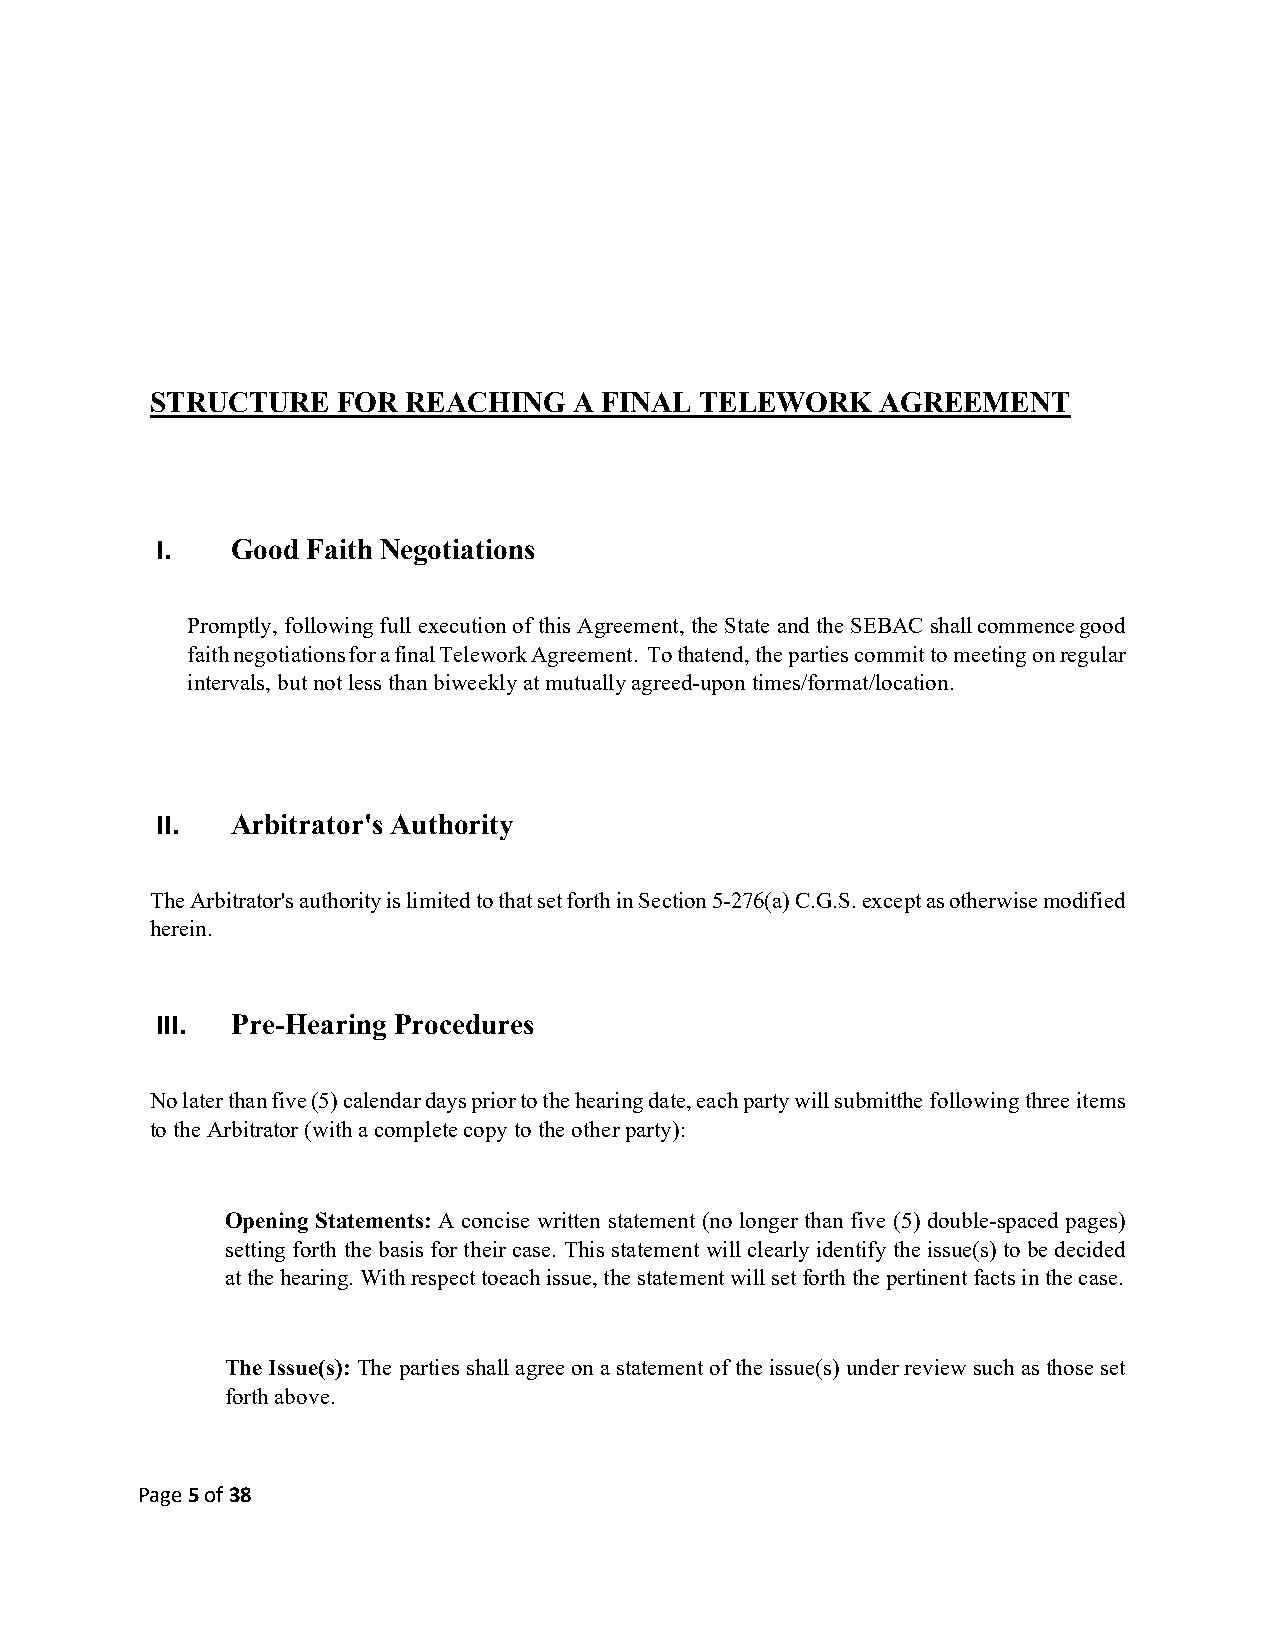
STRUCTURE   FOR  REACHING   A FINAL TELEWORK    AGREEMENT
 I.   Good Faith Negotiations
 Promptly, following full execution of this Agreement, the State and the SEBAC shall commence good
 faith negotiations for a final Telework Agreement. To that end, the parties commit to meeting on regular
 intervals, but not less than biweekly at mutually agreed-upon times/format/location.
 II.  Arbitrator's Authority
 The Arbitrator's authority is limited to that set forth in Section 5-276(a) C.G.S. except as otherwise modified
 herein.
 III. Pre-Hearing Procedures
 No later than five (5) calendar days prior to the hearing date, each party will submit the following three items
 to the Arbitrator (with a complete copy to the other party):
 Opening Statements: A concise written statement (no longer than five (5) double-spaced pages)
 setting forth the basis for their case. This statement will clearly identify the issue(s) to be decided
 at the hearing. With respect to each issue, the statement will set forth the pertinent facts in the case.
 The Issue(s): The parties shall agree on a statement of the issue(s) under review such as those set
 forth above.
 Page 5 of 38